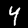
Digit: 4